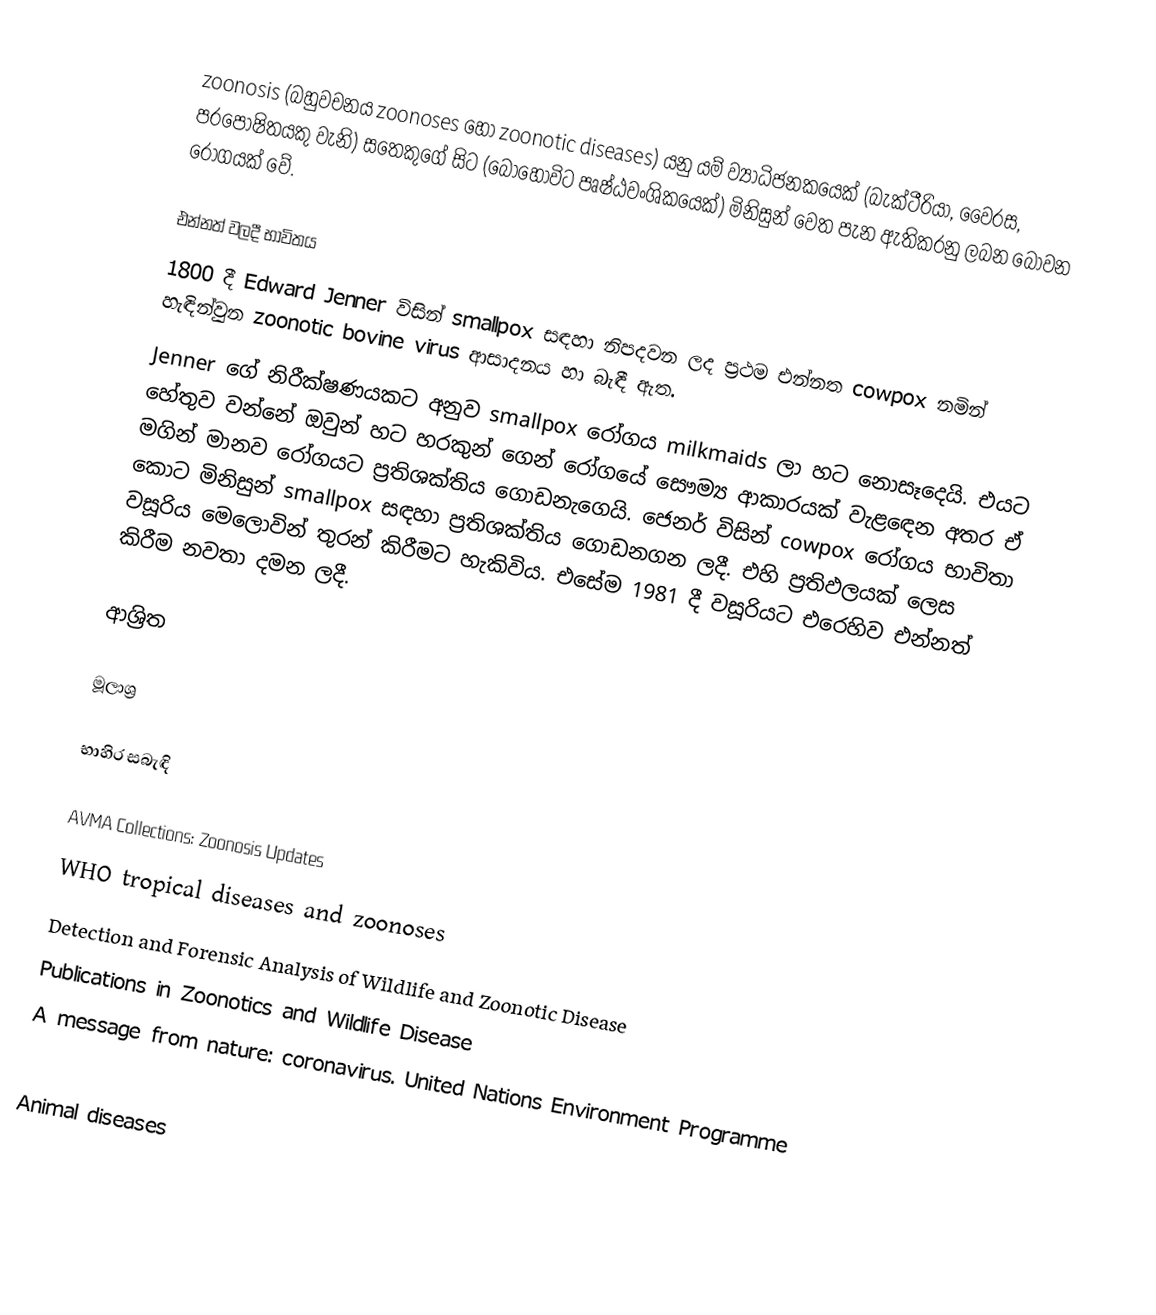
zoonosis (බහුවචනය zoonoses හෝ zoonotic diseases) යනු යම් ව්‍යාධිජනකයෙක් (බැක්ටීරියා, වෛරස, පරපෝෂිතයකු වැනි) සතෙකුගේ සිට (බොහෝවිට පෘෂ්ඨවංශිකයෙක්) මිනිසුන් වෙත පැන ඇතිකරනු ලබන බෝවන රෝගයක් වේ.

එන්නත් වලදී භාවිතය
1800 දී Edward Jenner විසින් smallpox සඳහා නිපදවන ලද ප්‍රථම එන්නත cowpox නමින් හැඳින්වුන zoonotic bovine virus ආසාදනය හා බැඳී ඇත.
Jenner ගේ නිරීක්ෂණයකට අනුව smallpox රෝගය milkmaids ලා හට නොසෑදෙයි. එයට හේතුව වන්නේ ඔවුන් හට හරකුන් ගෙන් රෝගයේ සෞම්‍ය ආකාරයක් වැළඳෙන අතර ඒ මගින් මානව රෝගයට ප්‍රතිශක්තිය ගොඩනැගෙයි. ජෙනර් විසින් cowpox රෝගය භාවිතා කොට මිනිසුන් smallpox සඳහා ප්‍රතිශක්තිය ගොඩනගන ලදී. එහි ප්‍රතිඵලයක් ලෙස වසූරිය මෙලොවින් තුරන් කිරීමට හැකිවිය. එසේම 1981 දී වසූරියට එරෙහිව එන්නත් කිරීම නවතා දමන ලදී.

ආශ්‍රිත

මූලාශ්‍ර

භාහිර සබැඳි

 AVMA Collections: Zoonosis Updates
 WHO tropical diseases and zoonoses
 Detection and Forensic Analysis of Wildlife and Zoonotic Disease
 Publications in Zoonotics and Wildlife Disease
  A message from nature: coronavirus. United Nations Environment Programme

Animal diseases